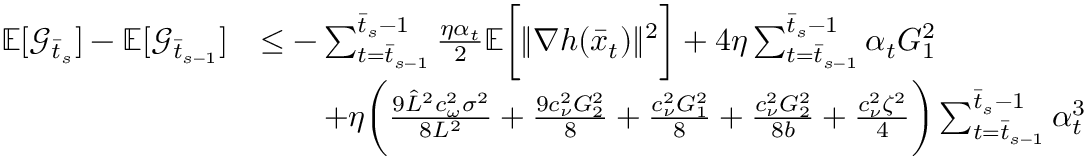
\begin{array} { r l } { \mathbb { E } [ \mathcal { G } _ { \bar { t } _ { s } } ] - \mathbb { E } [ \mathcal { G } _ { \bar { t } _ { s - 1 } } ] } & { \leq - \sum _ { t = \bar { t } _ { s - 1 } } ^ { \bar { t } _ { s } - 1 } \frac { \eta \alpha _ { t } } { 2 } \mathbb { E } \bigg [ \| \nabla h ( \bar { x } _ { t } ) \| ^ { 2 } \bigg ] + 4 \eta \sum _ { t = \bar { t } _ { s - 1 } } ^ { \bar { t } _ { s } - 1 } \alpha _ { t } G _ { 1 } ^ { 2 } } \\ & { \qquad + \eta \bigg ( \frac { 9 \hat { L } ^ { 2 } c _ { \omega } ^ { 2 } \sigma ^ { 2 } } { 8 L ^ { 2 } } + \frac { 9 c _ { \nu } ^ { 2 } G _ { 2 } ^ { 2 } } { 8 } + \frac { c _ { \nu } ^ { 2 } G _ { 1 } ^ { 2 } } { 8 } + \frac { c _ { \nu } ^ { 2 } G _ { 2 } ^ { 2 } } { 8 b } + \frac { c _ { \nu } ^ { 2 } \zeta ^ { 2 } } { 4 } \bigg ) \sum _ { t = \bar { t } _ { s - 1 } } ^ { \bar { t } _ { s } - 1 } \alpha _ { t } ^ { 3 } } \end{array}